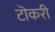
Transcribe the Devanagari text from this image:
टॊकरी